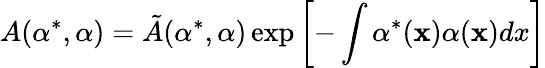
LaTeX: A(\alpha^{*},\alpha)=\tilde{A}(\alpha^{*},\alpha)\exp\left[-\int\alpha^{*}({\mathbf x})\alpha({\mathbf x})dx\right]